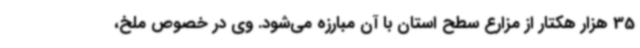
35 هزار هکتار از مزارع سطح استان با آن مبارزه می‌شود. وی در خصوص ملخ،